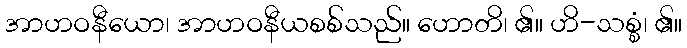
အာဟဝနီယော၊ အာဟဝနီယစစ်သည်။ ဟောတိ၊ ၏။ ဟိ-သစ္စံ၊ ၏။